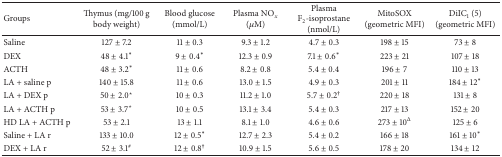
<table><thead><tr><td><b>Groups</b></td><td><b>Thymus (mg/100 g body weight)</b></td><td><b>Blood glucose (mmol/L)</b></td><td><b>Plasma NO<sub><i>x</i></sub> (<i>μ</i>M)</b></td><td><b>Plasma F<sub>2</sub>-isoprostane (nmol/L)</b></td><td><b>MitoSOX (geometric MFI)</b></td><td><b>DiIC<sub>1</sub> (5) (geometric MFI)</b></td></tr></thead><tbody><tr><td>Saline</td><td>127 ± 7.2</td><td>11 ± 0.3</td><td>9.3 ± 1.2</td><td>4.7 ± 0.3</td><td>198 ± 15</td><td>73 ± 8</td></tr><tr><td>DEX</td><td>48 ± 4.1*</td><td>9 ± 0.4*</td><td>12.3 ± 0.9</td><td>7.1 ± 0.6*</td><td>223 ± 21</td><td>107 ± 18</td></tr><tr><td>ACTH</td><td>48 ± 3.2*</td><td>11 ± 0.6</td><td>8.2 ± 0.8</td><td>5.4 ± 0.4</td><td>196 ± 7</td><td>110 ± 13</td></tr><tr><td>LA + saline p</td><td>140 ± 15.8</td><td>11 ± 0.6</td><td>13.0 ± 1.5</td><td>4.9 ± 0.3</td><td>201 ± 11</td><td>184 ± 12*</td></tr><tr><td>LA + DEX p</td><td>50 ± 2.0<sup><i>⋆</i></sup></td><td>10 ± 0.3</td><td>11.2 ± 1.0</td><td>5.7 ± 0.2<sup>†</sup></td><td>220 ± 18</td><td>131 ± 8</td></tr><tr><td>LA + ACTH p</td><td>53 ± 3.7<sup><i>⋆</i></sup></td><td>10 ± 0.5</td><td>13.1 ± 3.4</td><td>5.4 ± 0.3</td><td>217 ± 13</td><td>152 ± 20</td></tr><tr><td>HD LA + ACTH p</td><td>53 ± 2.1</td><td>13 ± 1.1</td><td>8.1 ± 1.0</td><td>4.6 ± 0.6</td><td>273 ± 10<sup>Δ</sup></td><td>125 ± 6</td></tr><tr><td>Saline + LA r</td><td>133 ± 10.0</td><td>12 ± 0.5*</td><td>12.7 ± 2.3</td><td>5.4 ± 0.2</td><td>166 ± 18</td><td>161 ± 10*</td></tr><tr><td>DEX + LA r</td><td>52 ± 3.1<sup>#</sup></td><td>12 ± 0.8<sup>†</sup></td><td>10.9 ± 1.5</td><td>5.6 ± 0.5</td><td>178 ± 20</td><td>134 ± 12</td></tr></tbody></table>